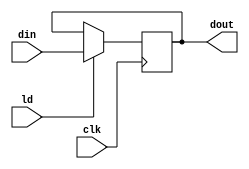
module pipo1(dout,din,ld,clk);
input [15:0] din;
input ld,clk;
output reg[15:0] dout;
always@(posedge clk)
if(ld) dout<=din;
endmodule

module pipo2(dout,din,ld,clr,clk);
input [15:0] din;
input ld,clk,clr;
output reg [15:0] dout;
always@(posedge clk )
if(clr)
       	dout<=16'b0;
else if(ld)
	dout<=din;
endmodule

module adder(out,in1,in2);
input [15:0] in1,in2;
output reg [15:0] out;
always@(*)
	out=in1+in2;
endmodule

module equal(eqz,data);
input [15:0] data;
output eqz;
assign eqz= (data == 0);
endmodule

module cntr(dout,din,ld,dec,clk);
input [15:0] din;
input ld,dec,clk;
output reg[15:0] dout;
always@(posedge clk)
	if(ld)
		dout<=din;
	else if(dec)
		dout<=dout-1;
endmodule